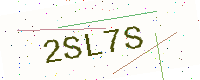
Text: 2SL7S